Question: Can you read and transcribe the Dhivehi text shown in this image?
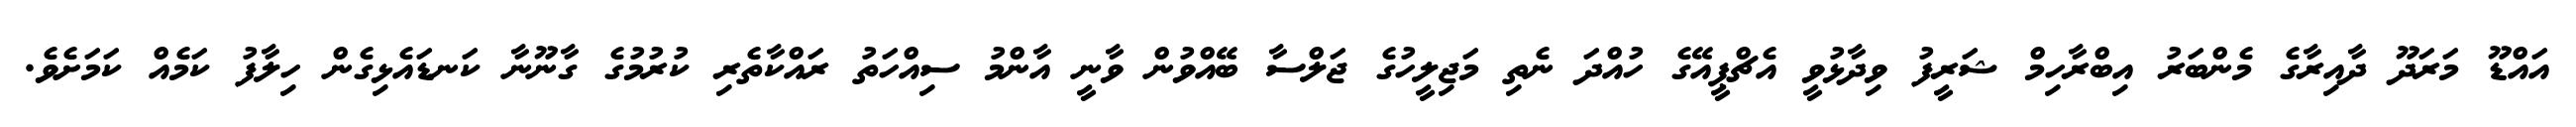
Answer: އައްޑޫ މަރަދޫ ދާއިރާގެ މެންބަރު އިބްރާހިމް ޝަރީފު ވިދާޅުވީ އެޗްޕީއޭގެ ހުއްދަ ނެތި މަޖިލީހުގެ ޖަލްސާ ބޭއްވުން ވާނީ އާންމު ސިއްހަތު ރައްކާތެރި ކުރުމުގެ ގާނޫނާ ކަނޑައެޅިގެން ހިލާފު ކަމެއް ކަމަށެވެ.